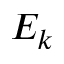
E _ { k }